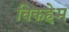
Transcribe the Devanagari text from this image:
विकहेम